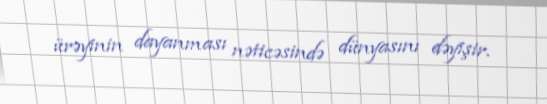
ürəyinin dayanması nəticəsində dünyasını dəyişir.